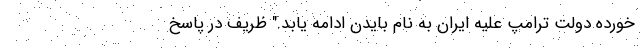
خورده دولت ترامپ علیه ایران به نام بایدن ادامه یابد." ظریف در پاسخ